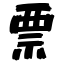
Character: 票